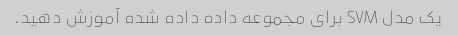
یک مدل SVM برای مجموعه داده داده شده آموزش دهید.